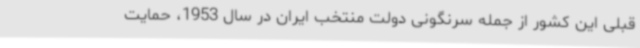
قبلی این کشور از جمله سرنگونی دولت منتخب ایران در سال 1953، حمایت